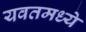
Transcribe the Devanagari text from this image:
यवतमध्ये